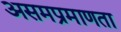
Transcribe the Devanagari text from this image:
असमप्रमाणता